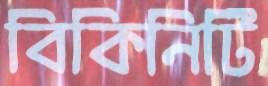
বিকিনিটি